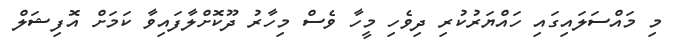
މި މައްސަލައިގައި ހައްޔަރުކުރި ދިވެހި މީހާ ވެސް މިހާރު ދޫކޮށްލާފައިވާ ކަމަށް އޮފިޝަލް